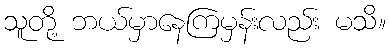
သူတို့ ဘယ်မှာနေကြမှန်းလည်း မသိ။